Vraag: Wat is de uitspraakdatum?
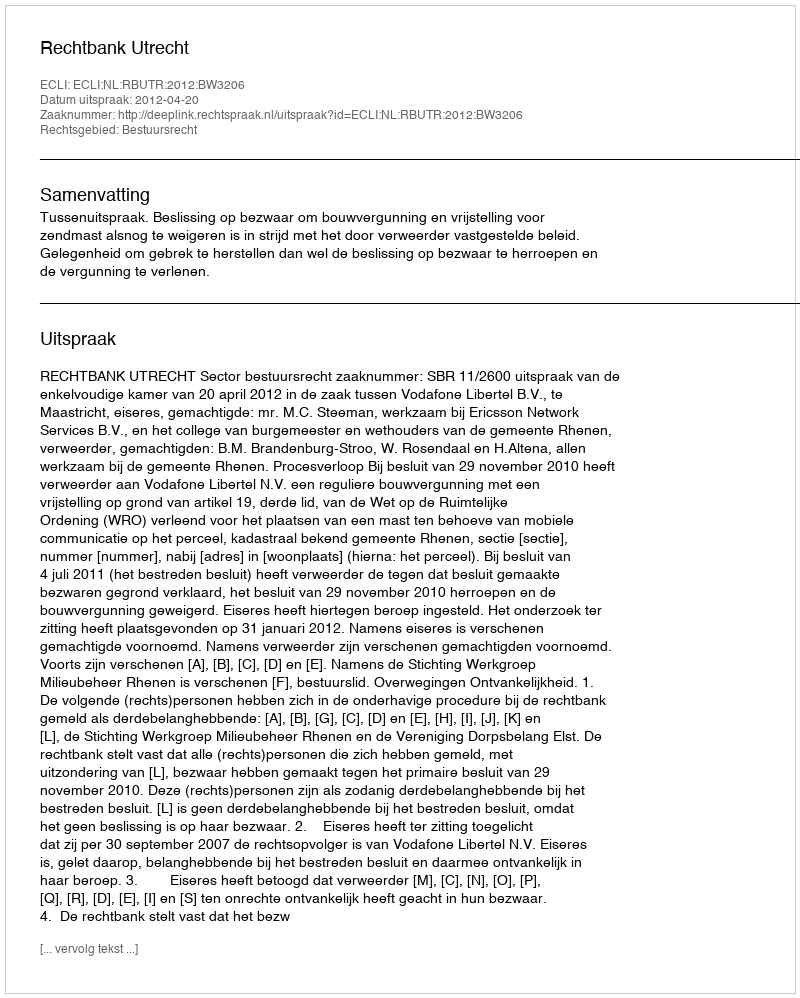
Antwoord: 2012-04-20